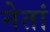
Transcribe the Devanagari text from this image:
नेतां